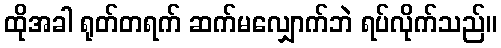
ထိုအခါ ရုတ်တရက် ဆက်မလျှောက်ဘဲ ရပ်လိုက်သည်။